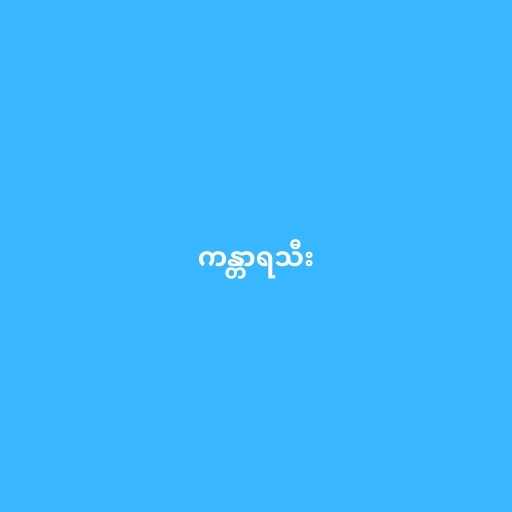
ကန္တာရသီး